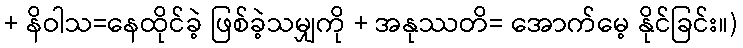
+ နိဝါသ=နေထိုင်ခဲ့ ဖြစ်ခဲ့သမျှကို + အနုဿတိ= အောက်မေ့ နိုင်ခြင်း။)